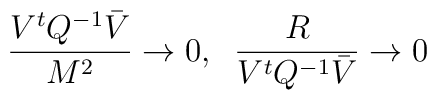
\frac{V^t {Q}^{-1} \bar{V}}{M^2} \to 0,\;\; \frac{R}{V^t {Q}^{-1} \bar{V}} \to 0